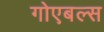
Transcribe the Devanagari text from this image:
गोएबल्स